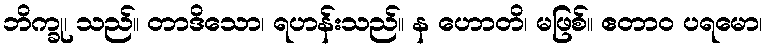
ဘိက္ခု၊ သည်။ တာဒိသော၊ ရဟန်းသည်။ န ဟောတိ၊ မဖြစ်။ ဧတာဝ ပရမော၊